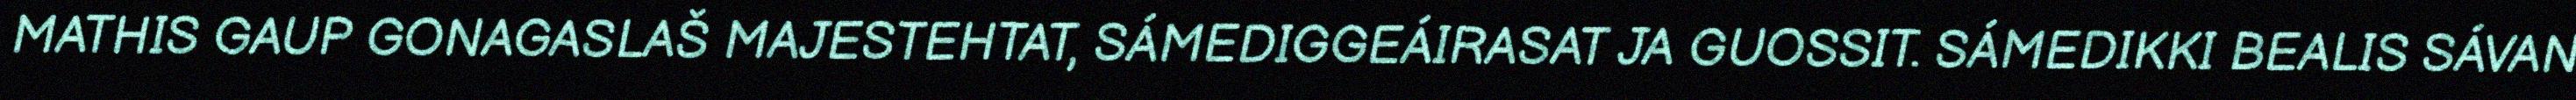
MATHIS GAUP GONAGASLAŠ MAJESTEHTAT, SÁMEDIGGEÁIRASAT JA GUOSSIT. SÁMEDIKKI BEALIS SÁVAN